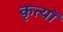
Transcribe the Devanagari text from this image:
कृत्यॉ